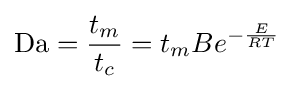
\mathrm {Da} ={\frac {t_{m}}{t_{c}}}=t_{m}Be^{-{\frac {E}{RT}}}